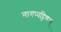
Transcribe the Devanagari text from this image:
नागप्पट्टिणम्